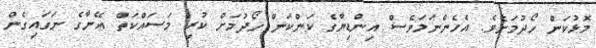
މޮޅުކަން ހޯދުމަށެވެ. އެހެންނަމަވެސް އިންޑިޔާގެ ކަންކަން ހޯދުމަށް ކުރި މަސައްކަތް އޭނާގެ ނަގައިގެން